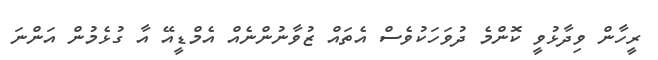
ރީހާން ވިދާޅުވީ ކޮންމެ ދުވަހަކުވެސް އެތައް ޒުވާނުންނެއް އެމްޑީއޭ އާ ގުޅެމުން އަންނަ